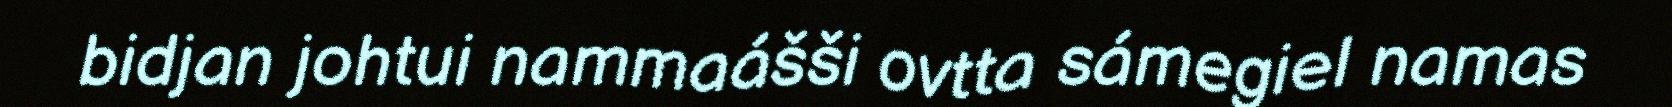
bidjan johtui nammaášši ovtta sámegiel namas